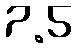
7.5